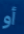
أو